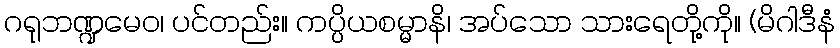
ဂရုဘဏ္ဍမေဝ၊ ပင်တည်း။ ကပ္ပိယစမ္မာနိ၊ အပ်သော သားရေတို့ကို။ (မိဂါဒီနံ